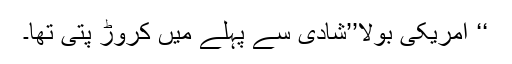
‘‘ امریکی بولا’’شادی سے پہلے میں کروڑ پتی تھا۔